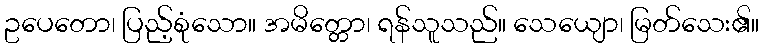
ဥပေတော၊ ပြည့်စုံသော။ အမိတ္တော၊ ရန်သူသည်။ သေယျော၊ မြတ်သေး၏။